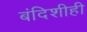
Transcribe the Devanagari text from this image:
बंदिशीही